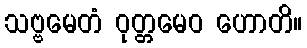
သဗ္ဗမေတံ ဝုတ္တမေဝ ဟောတိ။